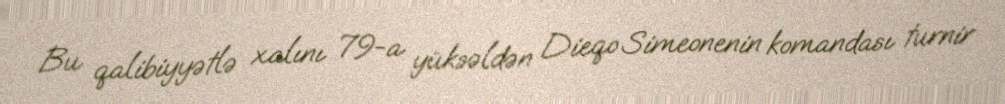
Bu qalibiyyətlə xalını 79-a yüksəldən Dieqo Simeonenin komandası turnir